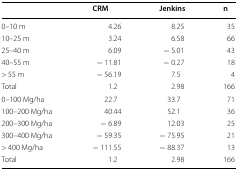
<table><thead><tr><td></td><td><b>CRM</b></td><td><b>Jenkins</b></td><td><b>n</b></td></tr></thead><tbody><tr><td>0–10 m</td><td>4.26</td><td>8.25</td><td>35</td></tr><tr><td>10–25 m</td><td>3.24</td><td>6.58</td><td>66</td></tr><tr><td>25–40 m</td><td>6.09</td><td>− 5.01</td><td>43</td></tr><tr><td>40–55 m</td><td>− 11.81</td><td>− 0.27</td><td>18</td></tr><tr><td>&gt; 55 m</td><td>− 56.19</td><td>7.5</td><td>4</td></tr><tr><td>Total</td><td>1.2</td><td>2.98</td><td>166</td></tr><tr><td>0–100 Mg/ha</td><td>22.7</td><td>33.7</td><td>71</td></tr><tr><td>100–200 Mg/ha</td><td>40.44</td><td>52.1</td><td>36</td></tr><tr><td>200–300 Mg/ha</td><td>− 6.89</td><td>12.03</td><td>25</td></tr><tr><td>300–400 Mg/ha</td><td>− 59.35</td><td>− 75.95</td><td>21</td></tr><tr><td>&gt; 400 Mg/ha</td><td>− 111.55</td><td>− 88.37</td><td>13</td></tr><tr><td>Total</td><td>1.2</td><td>2.98</td><td>166</td></tr></tbody></table>